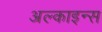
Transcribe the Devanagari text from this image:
अल्काइन्स